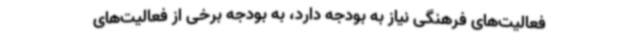
فعالیت‌های فرهنگی نیاز به بودجه دارد، به بودجه برخی از فعالیت‌های